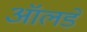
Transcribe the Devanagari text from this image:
ऑलडे